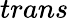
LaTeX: \textit{trans}